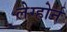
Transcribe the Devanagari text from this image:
लेग्होर्न